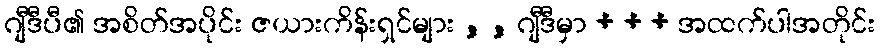
ဂျီဒီပီ၏ အစိတ်အပိုင်း ဇယားကိန်းရှင်များ , , ဂျီဒီမှာ + + + အထက်ပါအတိုင်း